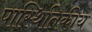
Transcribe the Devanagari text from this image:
पास्थितिकीय